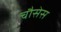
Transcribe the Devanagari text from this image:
चौसेस